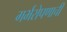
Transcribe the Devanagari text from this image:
गर्भरोपणाची